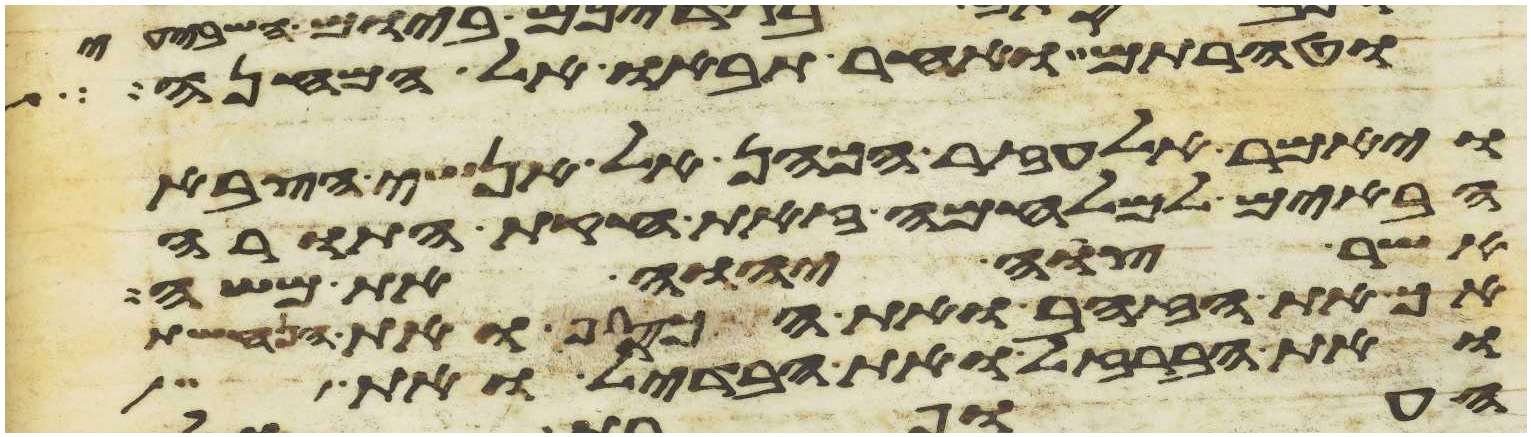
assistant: וטהרתם ואחר תבאו אל המחנה
ויאמר אלעזר הכהן אל אנשי הצבא
הבאים למלחמה זאת חקת התורה
אשר צוה יהוה את משה
אך את הזהב ואת הכסף ואת הנחשת
ואת הברזל ואת הבדיל ואת